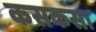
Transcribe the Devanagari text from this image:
कसकसा